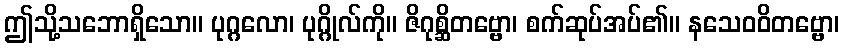
ဤသို့သဘောရှိသော။ ပုဂ္ဂလော၊ ပုဂ္ဂိုလ်ကို။ ဇိဂုစ္ဆိတဗ္ဗော၊ စက်ဆုပ်အပ်၏။ နသေဝဝိတဗ္ဗော၊